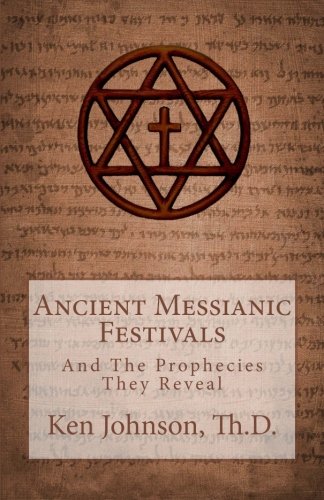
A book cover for Ancient Messianic Festivals: And The Prophecies They Reveal; Ken Johnson; Christian Books & Bibles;